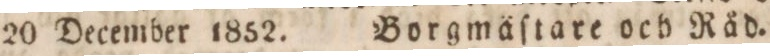
20 December 1852.    Borgmäſtare och Råd.